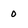
Character: 0